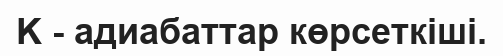
K - адиабаттар көрсеткіші.